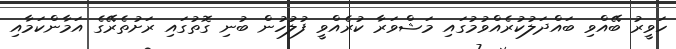
ހަވީރު ބޭއްވި ބައްދަލުކުރެއްވުމުގައި މަޝްވަރާ ކުރެއްވީ ފުލުހުން ބުނި ގޮތުގައި ރަށުތެރޭގެ އަމާންކަމާއި